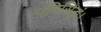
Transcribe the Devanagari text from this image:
पदिसिद्धं।